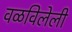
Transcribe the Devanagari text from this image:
वळविलेली